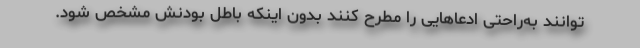
توانند به‌راحتی ادعاهایی را مطرح کنند بدون اینکه باطل بودنش مشخص شود.